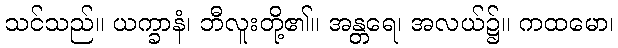
သင်သည်။ ယက္ခာနံ၊ ဘီလူးတို့၏။ အန္တရေ၊ အလယ်၌။ ကထမော၊